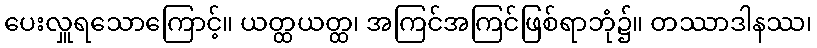
ပေးလှူရသောကြောင့်။ ယတ္ထယတ္ထ၊ အကြင်အကြင်ဖြစ်ရာဘုံ၌။ တဿာဒါနဿ၊